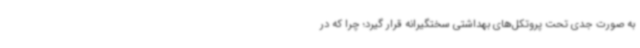
به صورت جدی تحت پروتکل‌های بهداشتی سختگیرانه قرار گیرد؛ چرا که در